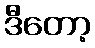
ဒီတော့